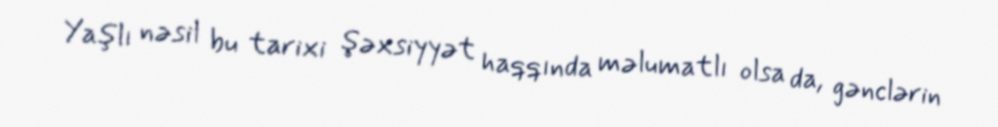
Yaşlı nəsil bu tarixi şəxsiyyət haqqında məlumatlı olsa da, gənclərin